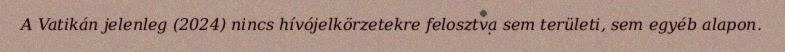
A Vatikán jelenleg (2024) nincs hívójelkörzetekre felosztva sem területi, sem egyéb alapon.